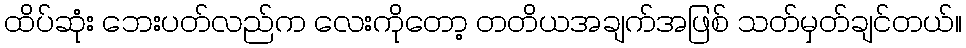
ထိပ်ဆုံး ဘေးပတ်လည်က လေးကိုတော့ တတိယအချက်အဖြစ် သတ်မှတ်ချင်တယ်။